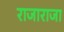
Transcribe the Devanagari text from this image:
राजाराजा